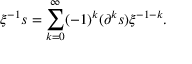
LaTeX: \xi ^ { - 1 } s = \sum _ { k = 0 } ^ { \infty } ( - 1 ) ^ { k } ( \partial ^ { k } s ) \xi ^ { - 1 - k } .